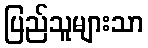
ပြည်သူများသာ